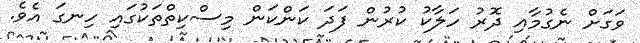
ވަގަށް ނެގުމާއި ދޮރު ހަލާކު ކުރުން ފަދަ ކަންކަން މިސްކިތްތަކުގައި ހިނގަ އެވެ.